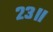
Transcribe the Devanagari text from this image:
२३॥